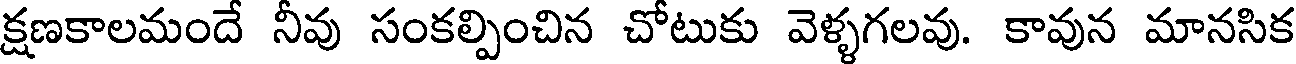
క్షణకాలమందే నీవు సంకల్పించిన చోటుకు వెళ్ళగలవు. కావున మానసిక